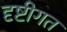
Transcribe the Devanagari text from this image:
दृष्टीगत